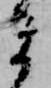
ま